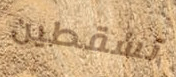
تسقطين